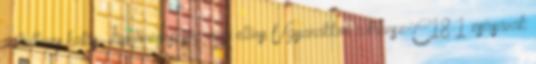
rákellenes hatás  humánegészség-ügyi előny Ugyanakkor a transz-C18:1 zsírsavak